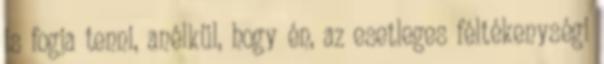
is fogja tenni, anélkül, hogy én, az esetleges féltékenységi